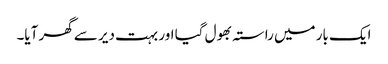
ایک بار میں راستہ بھول گیا اور بہت دیر سے گھر آیا۔